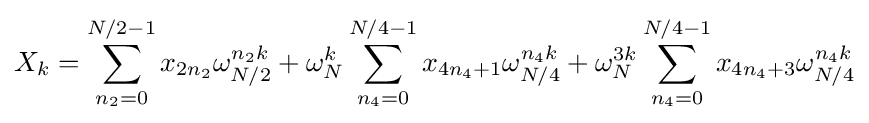
X_{k}=\sum _{n_{2}=0}^{N/2-1}x_{2n_{2}}\omega _{N/2}^{n_{2}k}+\omega _{N}^{k}\sum _{n_{4}=0}^{N/4-1}x_{4n_{4}+1}\omega _{N/4}^{n_{4}k}+\omega _{N}^{3k}\sum _{n_{4}=0}^{N/4-1}x_{4n_{4}+3}\omega _{N/4}^{n_{4}k}